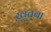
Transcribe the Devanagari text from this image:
खु़तबा